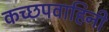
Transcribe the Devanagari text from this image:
कच्छपवाहिनी